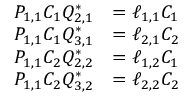
\begin{array} { r l } { P _ { 1 , 1 } C _ { 1 } Q _ { 2 , 1 } ^ { * } } & { = \ell _ { 1 , 1 } C _ { 1 } } \\ { P _ { 1 , 1 } C _ { 1 } Q _ { 3 , 1 } ^ { * } } & { = \ell _ { 2 , 1 } C _ { 2 } } \\ { P _ { 1 , 1 } C _ { 2 } Q _ { 2 , 2 } ^ { * } } & { = \ell _ { 1 , 2 } C _ { 1 } } \\ { P _ { 1 , 1 } C _ { 2 } Q _ { 3 , 2 } ^ { * } } & { = \ell _ { 2 , 2 } C _ { 2 } } \end{array}